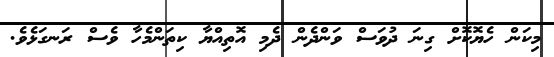
މިކަން ހެޔޮކޮށް ގިނަ ދުވަސް ވަންދެން ދެމި އޮތިއްޔާ ކިތަންމެހާ ވެސް ރަނގަޅެވެ.